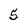
Character: 5